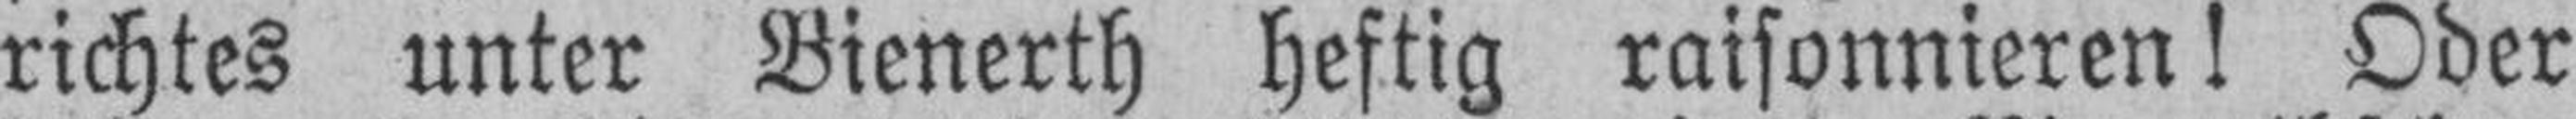
richtes unter Bienerth heftig raisonnieren! Oder